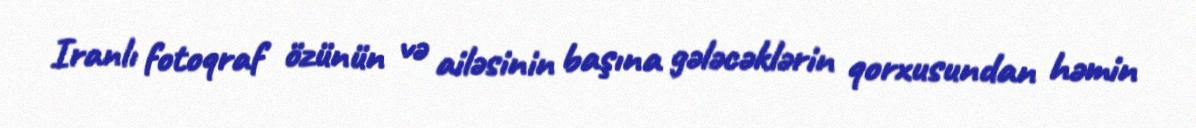
Iranlı fotoqraf özünün və ailəsinin başına gələcəklərin qorxusundan həmin